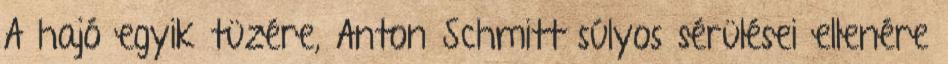
A hajó egyik tüzére, Anton Schmitt súlyos sérülései ellenére